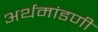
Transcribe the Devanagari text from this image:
अर्थमांडणी